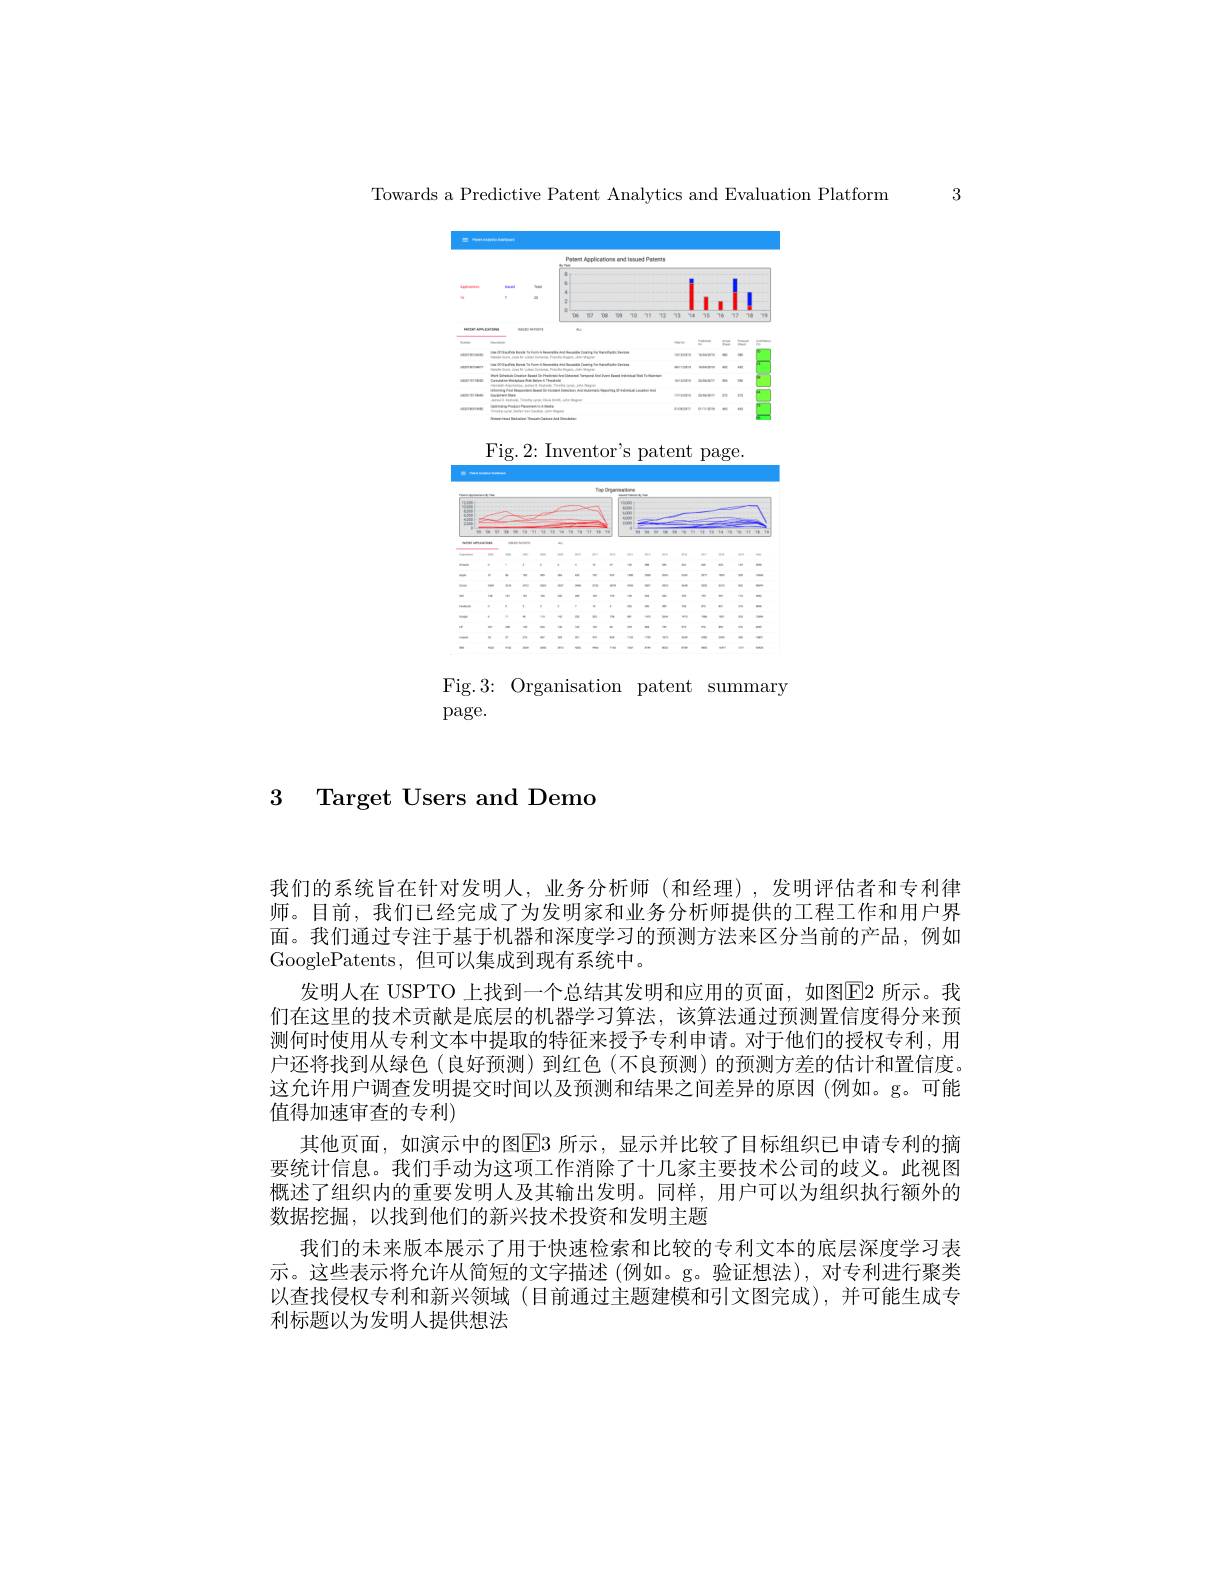
3

Towards a Predictive Patent Analytics and Evaluation Platform

<FigureHere>

Fig.3: Organisation patent summary

page.

3 Target Users and Demo

我们的系统旨在针对发明人，业务分析师(和经理),发明评估者和专利律师。目前，我们已经完成了为发明家和业务分析师提供的工程工作和用户界面。我们通过专注于基于机器和深度学习的预测方法来区分当前的产品，例如GooglePatents, 但可以集成到现有系统中。
发明人在 USPTO 上找到一个总结其发明和应用的页面，如图$\boxed{\mathrm{E}}$2 所示。我们在这里的技术贡献是底层的机器学习算法，该算法通过预测置信度得分来预测何时使用从专利文本中提取的特征来授予专利申请。对于他们的授权专利，用户还将找到从绿色(良好预测)到红色(不良预测)的预测方差的估计和置信度。这允许用户调查发明提交时间以及预测和结果之间差异的原因(例如。g。可能值得加速审查的专利)
其他页面，如演示中的图$\boxed{\mathrm{E}}3$ 所示，显示并比较了目标组织已申请专利的摘要统计信息。我们手动为这项工作消除了十几家主要技术公司的歧义。此视图概述了组织内的重要发明人及其输出发明。同样，用户可以为组织执行额外的数据挖掘，以找到他们的新兴技术投资和发明主题
我们的未来版本展示了用于快速检索和比较的专利文本的底层深度学习表示。这些表示将允许从简短的文字描述(例如。g。验证想法),对专利进行聚类以查找侵权专利和新兴领域(目前通过主题建模和引文图完成),并可能生成专利标题以为发明人提供想法